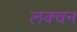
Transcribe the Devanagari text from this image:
लक्चन